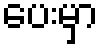
ပေးမှာ